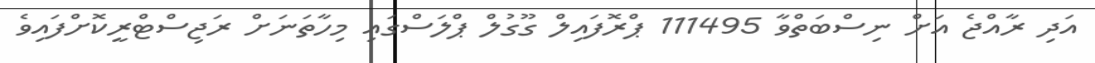
އަދި ރާއްޖެ އަށް ނިސްބަތްވާ 111495 ޕްރޮފައިލް ގޫގުލް ޕްލަސްގައި މިހާތަނަށް ރަޖިސްޓްރީކޮށްފައިވެ